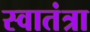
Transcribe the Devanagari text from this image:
स्वातंत्रा